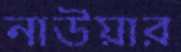
নাউয়ার